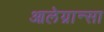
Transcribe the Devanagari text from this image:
आलेग्रान्सा